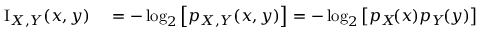
\begin{array} { r l } { \operatorname { I } _ { X , Y } ( x , y ) } & { { } = - \log _ { 2 } \left[ p _ { X , Y } ( x , y ) \right] = - \log _ { 2 } \left[ p _ { X } \! ( x ) p _ { Y } \! ( y ) \right] } \end{array}